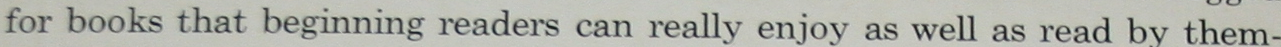
for books that beginning readers can really enjoy as well as read by them-